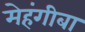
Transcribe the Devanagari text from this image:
मेहंगीबा